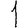
Digit: 1